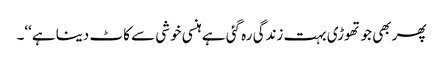
پھر بھی جو تھوڑی بہت زندگی رہ گئی ہے ہنسی خوشی سے کاٹ دینا ہے‘‘۔